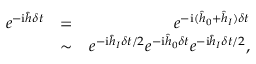
\begin{array} { r l r } { e ^ { - \mathrm { i } \hat { h } \delta t } } & { = } & { e ^ { - \mathrm { i } ( \hat { h } _ { 0 } + \hat { h } _ { I } ) \delta t } } \\ & { \sim } & { e ^ { - \mathrm { i } \hat { h } _ { I } \delta t / 2 } e ^ { - \mathrm { i } \hat { h } _ { 0 } \delta t } e ^ { - \mathrm { i } \hat { h } _ { I } \delta t / 2 } , } \end{array}